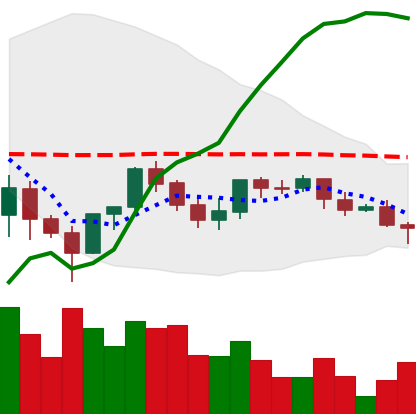
Ticker: LINK-USD
Chart end date: 2021-06-08
Forward return: -3.464%
Label: down_3_5